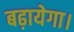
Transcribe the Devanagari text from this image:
बढ़ायेगा।